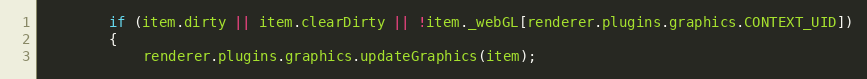
Language: JavaScript
        if (item.dirty || item.clearDirty || !item._webGL[renderer.plugins.graphics.CONTEXT_UID])
        {
            renderer.plugins.graphics.updateGraphics(item);